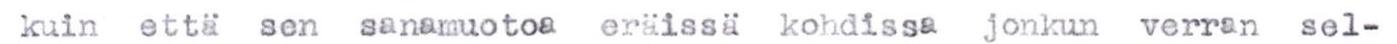
kuin että sen sanamuotoa eräissä kohdissa jonkun verran sel-